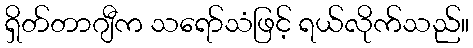
ရှိတ်တာဂျီက သရော်သံဖြင့် ရယ်လိုက်သည်။